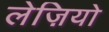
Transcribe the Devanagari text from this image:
लेज़ियो